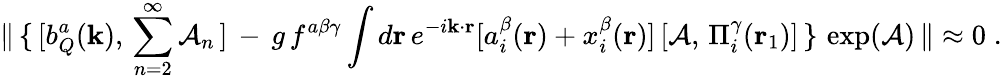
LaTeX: {\| }\, \{ \, [b_{Q}^{a}({\mathbf{k}}),\, \sum_{n=2}^{\infty}{\cal A}_{n}\, ]\, -\, g\, f^{a\beta\gamma}\int d{\mathbf{r}}\, e^{-i{\mathbf{k\cdot r}}}[a_{i}^{\beta}({\mathbf{r}})+x_{i}^{\beta}({\mathbf{r}})]\, [{\cal A},\, \Pi_{i}^{\gamma}({\mathbf r}_{1})]\, \} \, \exp({\cal A})\, {\| }\approx 0\; .